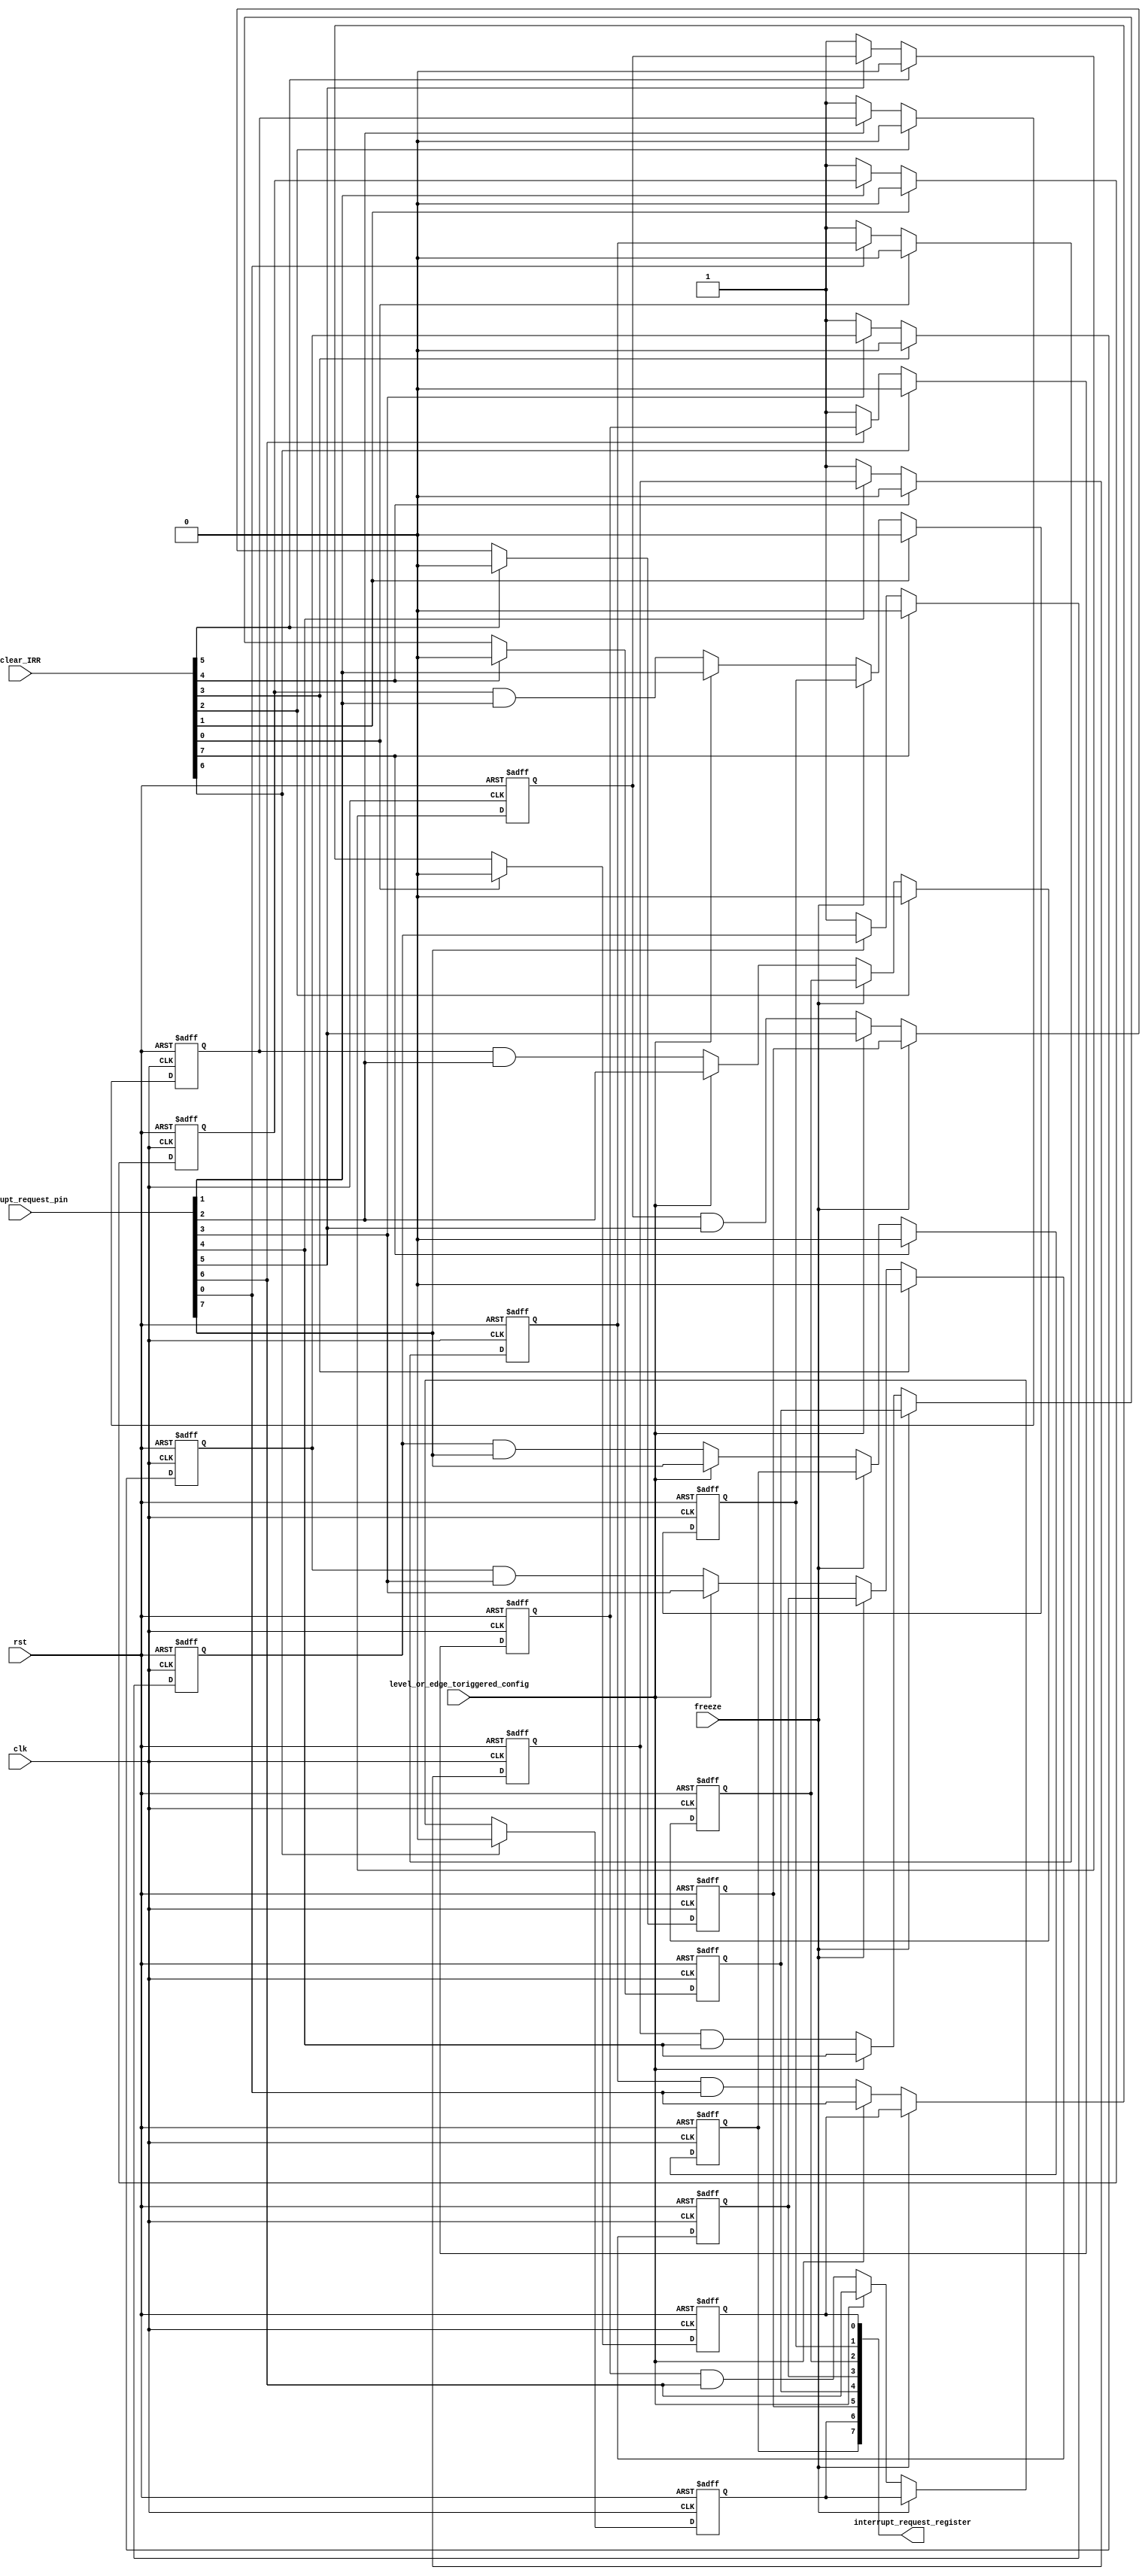
module Interrupt_Request_Reg (
    input   wire           clk,
    input   wire           rst,

    // Inputs from control logic
    input   wire           level_or_edge_toriggered_config, //  1:level - 0:edge
    input   wire           freeze, //when set doesn't accept any of the out interrupts
    input   wire   [7:0]   clear_IRR, // come from the control unit

    // External inputs
    input   wire   [7:0]   interrupt_request_pin, // input from the i/o devices

    // Outputs
    output  reg   [7:0]   interrupt_request_register // Internal IRR of the module
);
    reg     [7:0]   delay_request; // used for the edge trigger
    wire    [7:0]   posedge_edge_request; // IRR assigned to it in case of edge triggered is chosed
    genvar index;
    generate
    for (index = 0; index <= 7; index = index + 1) begin
        // Edge Sense
        always @(posedge clk or negedge rst) begin
        if (~rst)
            delay_request[index] <= 1'b0;
        else if (clear_IRR[index])
            delay_request[index] <= 1'b0;
        else if (~interrupt_request_pin[index])
            delay_request[index] <= 1'b1;
        else
            delay_request[index] <= delay_request[index];
        end

	      //low edge before & high edge of input
        assign posedge_edge_request[index] = (delay_request[index] == 1'b1) & (interrupt_request_pin[index] == 1'b1);
        
        always @(posedge clk or negedge rst) begin
            if (~rst)
                interrupt_request_register[index] <= 1'b0;
            else if (clear_IRR[index])
                interrupt_request_register[index] <= 1'b0;
            else if (freeze)
                interrupt_request_register[index] <= interrupt_request_register[index];
            else if (level_or_edge_toriggered_config)
                interrupt_request_register[index] <= interrupt_request_pin[index]; // level sense
            else
                interrupt_request_register[index] <= posedge_edge_request[index]; // edge sense
        end
    end
    endgenerate

endmodule